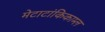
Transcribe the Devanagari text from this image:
मेटाटांकिकाम्ल